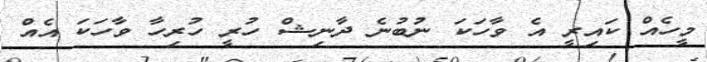
މީހެއް ކައިރީ އެ ވާހަކަ ނުބުނެ ދާނިޝް ހުރީ ހުރިހާ ވާހަކަ އެއް